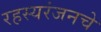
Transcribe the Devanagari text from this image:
रहस्यरंजनचे